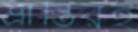
ভ্রান্তিরই